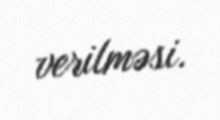
verilməsi.